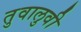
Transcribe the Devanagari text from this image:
तुवालुवी